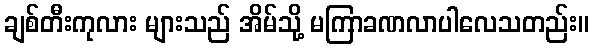
ချစ်တီးကုလား များသည် အိမ်သို့ မကြာခဏလာပါလေသတည်း။